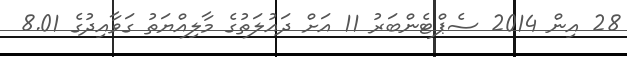
28 އިން 2014 ސެޕްޓެންބަރު 11 އަށް ދައުލަތުގެ މާލިއްޔަތު ގަވާއިދުގެ 8.01